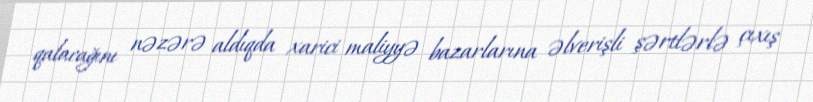
qalacağını nəzərə aldıqda xarici maliyyə bazarlarına əlverişli şərtlərlə çıxış